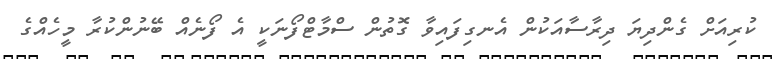
ކުރިއަށް ގެންދިޔަ ދިރާސާއަކުން އެނގިފައިވާ ގޮތުން ސްމާޓްފޯނަކީ އެ ފޯނެއް ބޭނުންކުރާ މީހެއްގެ